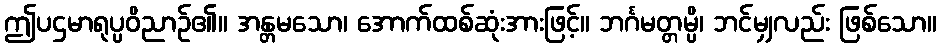
ဤပဌမာရုပ္ပဝိညာဉ်၏။ အန္တမသော၊ အောက်ထစ်ဆုံးအားဖြင့်။ ဘင်္ဂမတ္တမ္ပိ၊ ဘင်မျှလည်း ဖြစ်သော။